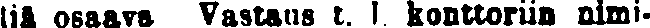
tiä osaava Vastaus t. l konttoriin nimi-